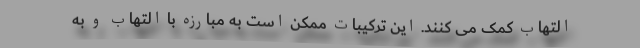
التهاب کمک می کنند. این ترکیبات ممکن است به مبارزه با التهاب و به